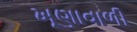
ખૂણાવાળી